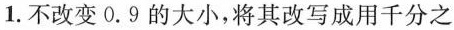
1.不改变0.9的大小，将其改写成用千分之